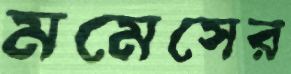
মমেসের